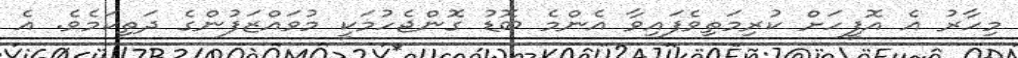
މިހާރު އެ އޮފީހަށް ކުރިމަތިވެފައިވާ އެންމެ ބޮޑު ގޮންޖެހުމަކީ މުވައްޒަފުންގެ ދަތިކަމެވެ. އެ